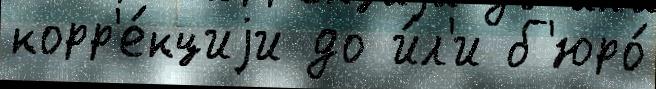
корр'е́кциjи до и́л'и б'юро́